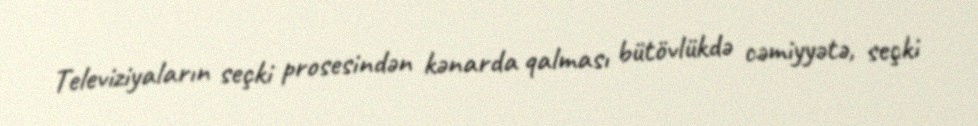
Televiziyaların seçki prosesindən kənarda qalması bütövlükdə cəmiyyətə, seçki